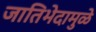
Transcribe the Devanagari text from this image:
जातिभेदामुळे